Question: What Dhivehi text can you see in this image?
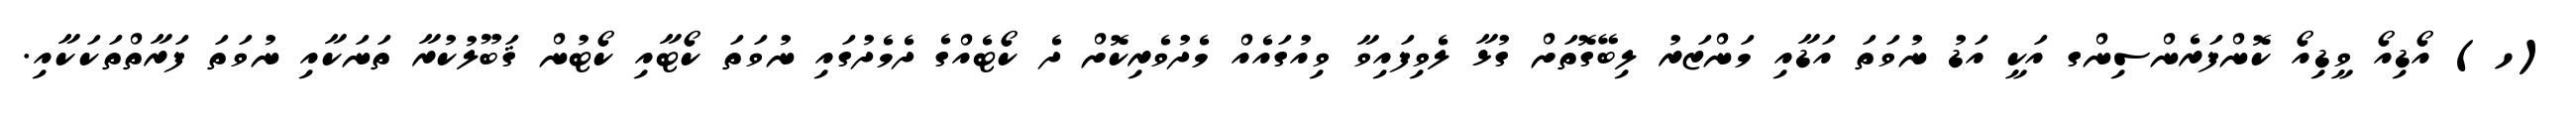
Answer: (ހ) އޯޑިއޯ ވީޑިއޯ ކޮންފަރެންސިންގ އަކީ އަޑު ނުވަތަ އަޑާއި މަންޒަރު ލިބޭގޮތަށް ގުޅާ ލެވިފައިވާ ވިއުގައެއް މެދުވެރިކޮށް ދެ ކޯޓެއްގެ ދެމެދުގައި ނުވަތަ ކޯޓާއި ކޯޓުން ޤަބޫލުކުރާ ތަނަކާއި ނުވަތަ ފަރާތްތަކަކާއި.